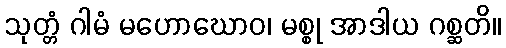
သုတ္တံ ဂါမံ မဟောဃောဝ၊ မစ္စု အာဒါယ ဂစ္ဆတိ။